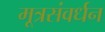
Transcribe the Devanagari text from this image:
मूत्रसंवर्धन